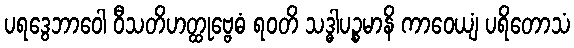
ပရဒွေဘာဝေါ ဝီသတိဟတ္ထုဗ္ဗေဓံ ရဝတိ သဒ္ဓါပဉ္စမာနိ ကာဝေယျံ ပရိတောသံ